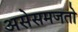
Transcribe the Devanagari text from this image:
असेसमजतो